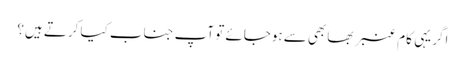
اگر یہی کام عنبر بھابھی سے ہوجائے تو آپ جناب کیا کرتے ہیں؟